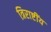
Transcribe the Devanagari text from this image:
त्रिराष्टींय